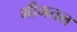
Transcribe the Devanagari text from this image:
भीमतल